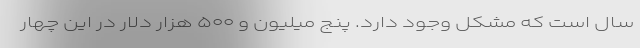
سال است که مشکل وجود دارد. پنج میلیون و ۵۰۰ هزار دلار در این چهار